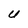
Character: U